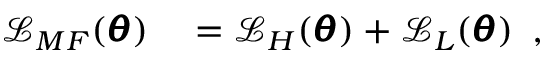
\begin{array} { r l } { \mathcal { L } _ { M F } ( \pmb { \theta } ) } & { { } = \mathcal { L } _ { H } ( \pmb { \theta } ) + \mathcal { L } _ { L } ( \pmb { \theta } ) } \end{array} ,